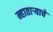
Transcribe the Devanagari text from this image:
म्हातार्‍याचे